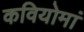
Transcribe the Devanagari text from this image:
कवियोमां